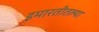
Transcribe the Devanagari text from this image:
इमारतीतल्या